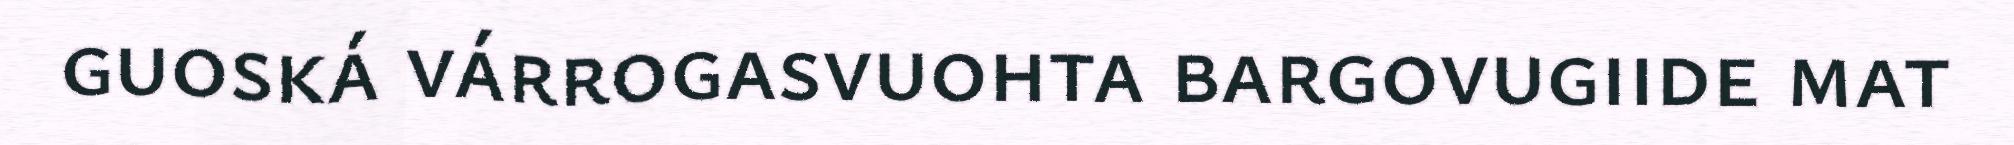
guoská várrogasvuohta bargovugiide mat